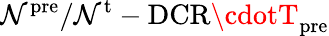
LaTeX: \mathcal{N}^{\mathrm{{pre}}}/\mathcal{N}^{\mathrm{{t}}}-\mathrm{{DCR}}\cdotT_{\mathrm{{pre}}}